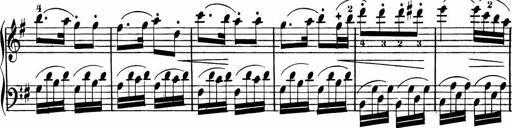
Title: Rosen ohne Dornen
Composer: Gustav Lange